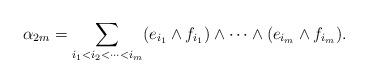
LaTeX: \begin{align*}\alpha_{2m} = \sum_{ i_1 < i_2 < \dots < i_m } (e_{i_1} \wedge f_{i_1} ) \wedge \dots \wedge (e_{i_m} \wedge f_{i_m} ). \end{align*}